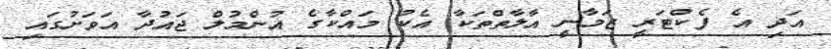
އަދި އެ ފެކްޓަރީ ޒަމާނީ އާލާތްތަކާ އެކު މައްކާގެ އުންމުލް ޖައުދާ އަވަށުގައި